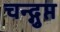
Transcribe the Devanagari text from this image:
चन्द्गुप्त